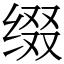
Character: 缀